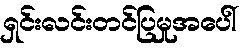
ရှင်းလင်းတင်ပြမှုအပေါ်